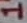
Text: 1